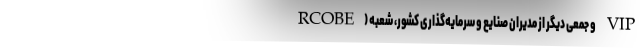
RCOBE) و جمعی دیگر از مدیران صنایع و سرمایه‌گذاری کشور، شعبه VIP